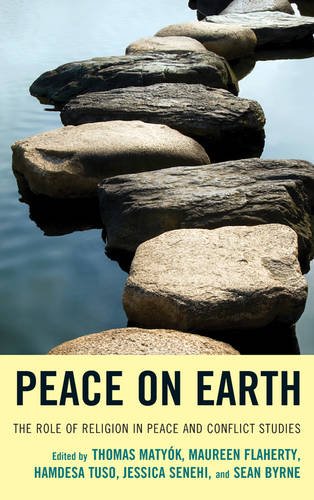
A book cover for Peace on Earth: The Role of Religion in Peace and Conflict Studies; Religion & Spirituality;